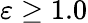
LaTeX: \varepsilon\ge 1.0